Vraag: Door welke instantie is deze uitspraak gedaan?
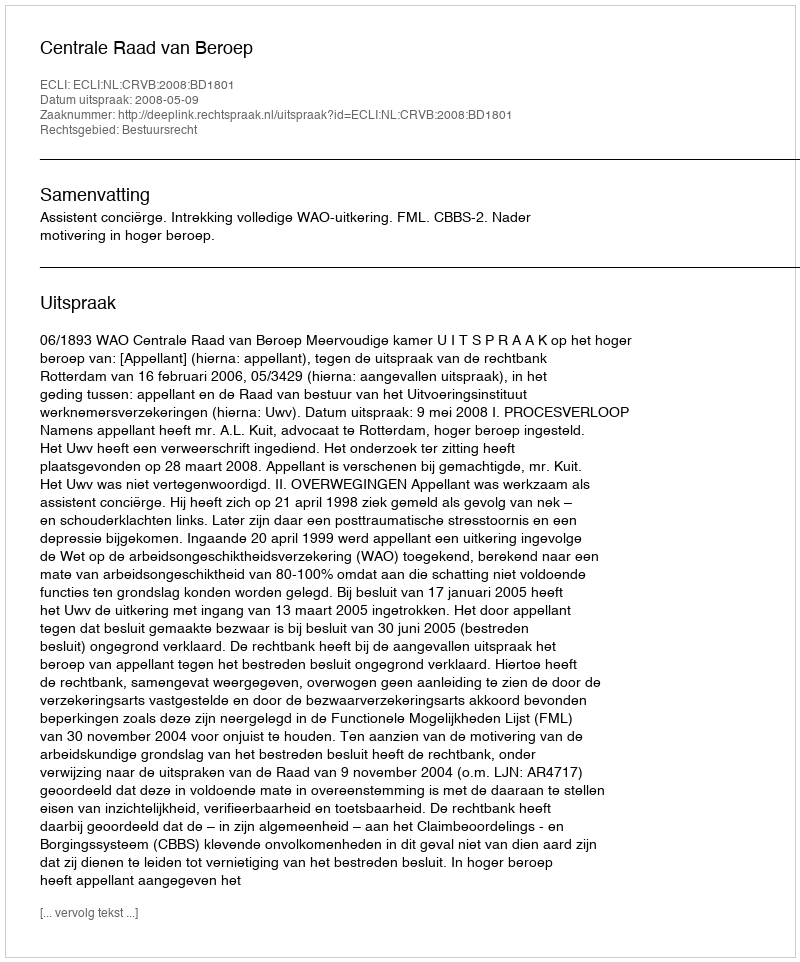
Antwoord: Centrale Raad van Beroep